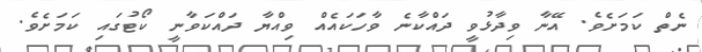
ނެތް ކަމަށެވެ. އޭނާ ވިދާޅުވީ ދައްކާނެ ވާހަކައެއް ވިއްޔާ ދައްކަވާނީ ކޯޓުގައި ކަމަށެވެ.